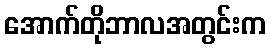
အောက်တိုဘာလအတွင်းက